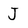
Character: J